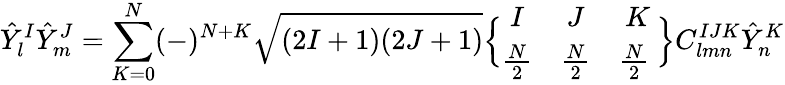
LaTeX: {\hat{Y}}_{l}^{I}{\hat{Y}}_{m}^{J}=\sum_{K=0}^{N}(-)^{N+K}\sqrt{(2I+1)(2J+1)}\Bigl\{ \begin{array}{ccc}{{I}}&{{J}}&{{K}}\\ {{{\frac{N}{2}}}}&{{{\frac{N}{2}}}}&{{{\frac{N}{2}}\ }}\end{array}\Bigr\} C_{lmn}^{IJK}{\hat{Y}}_{n}^{K}